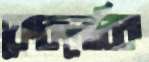
ফোকলোরিক